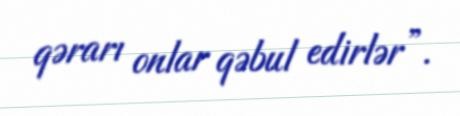
qərarı onlar qəbul edirlər”.